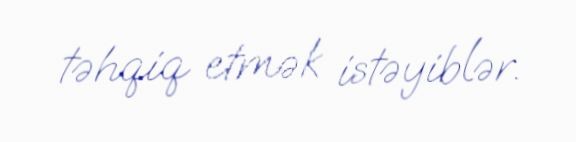
təhqiq etmək istəyiblər.